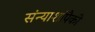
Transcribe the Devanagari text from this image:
संन्याशांपैकी